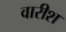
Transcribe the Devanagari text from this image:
वारीश